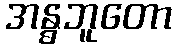
အန္ဓဘူတော